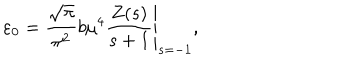
\left. \varepsilon _ { 0 } = \frac { \sqrt { \pi } } { \pi ^ { 2 } } b \mu ^ { 4 } \frac { Z ( s ) } { s + 1 } \right| _ { s = - 1 } ,